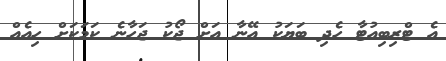
އެ ޓްރިބިއުޓާ ހެދި ބަޔަކު އޭނާ އަށް ޖޯކު ޖަހާނެ ކަމަކަށް ހިއެއް